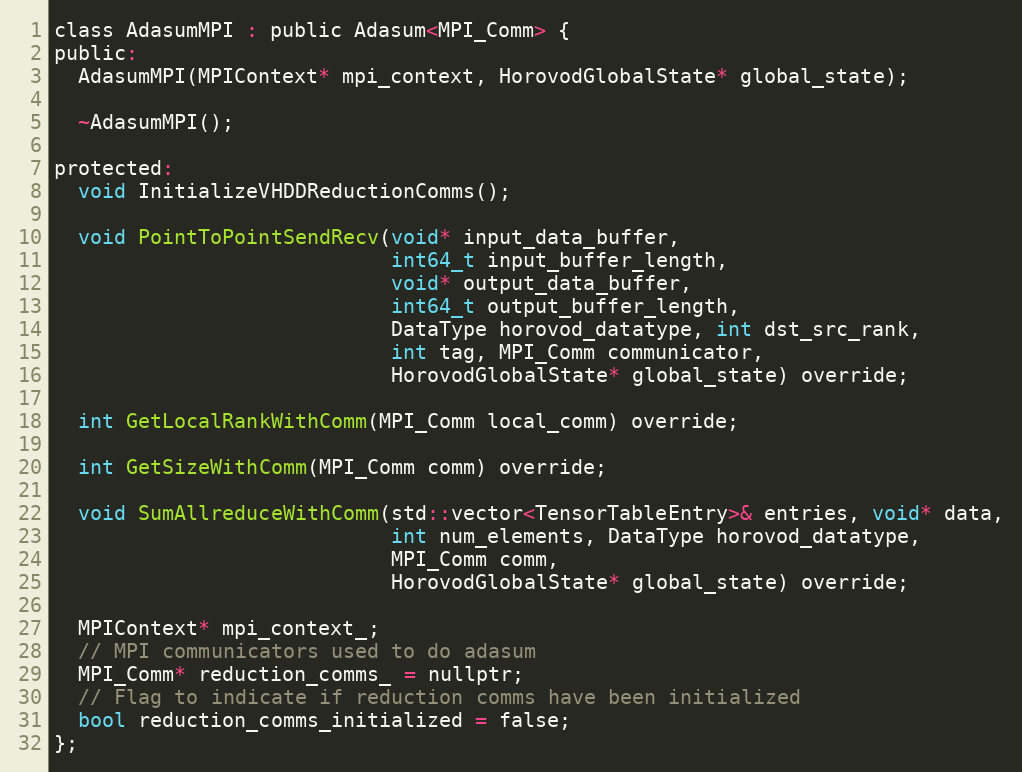
Language: C
class AdasumMPI : public Adasum<MPI_Comm> {
public:
  AdasumMPI(MPIContext* mpi_context, HorovodGlobalState* global_state);

  ~AdasumMPI();

protected:
  void InitializeVHDDReductionComms();

  void PointToPointSendRecv(void* input_data_buffer,
                            int64_t input_buffer_length,
                            void* output_data_buffer,
                            int64_t output_buffer_length,
                            DataType horovod_datatype, int dst_src_rank,
                            int tag, MPI_Comm communicator,
                            HorovodGlobalState* global_state) override;

  int GetLocalRankWithComm(MPI_Comm local_comm) override;

  int GetSizeWithComm(MPI_Comm comm) override;

  void SumAllreduceWithComm(std::vector<TensorTableEntry>& entries, void* data,
                            int num_elements, DataType horovod_datatype,
                            MPI_Comm comm,
                            HorovodGlobalState* global_state) override;

  MPIContext* mpi_context_;
  // MPI communicators used to do adasum
  MPI_Comm* reduction_comms_ = nullptr;
  // Flag to indicate if reduction comms have been initialized
  bool reduction_comms_initialized = false;
};